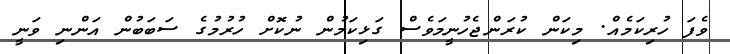
ވެފަ ހުރިކަމެއް. މިކަން ކުރަންޖެހުނީމަވެސް ގަޅިކަމުން ނުކޮށް ހުރުމުގެ ސަބަބުން އަންނި ވަނީ